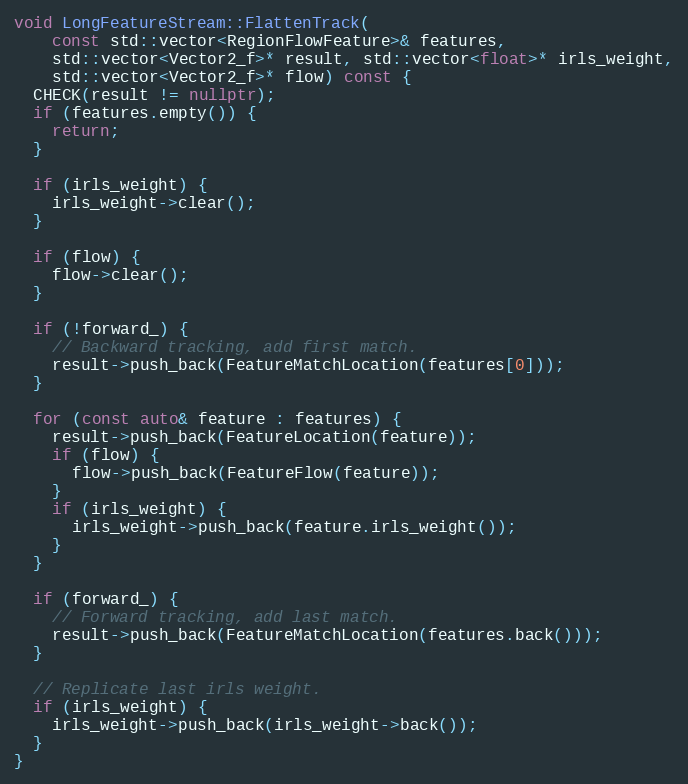
Language: C++
void LongFeatureStream::FlattenTrack(
    const std::vector<RegionFlowFeature>& features,
    std::vector<Vector2_f>* result, std::vector<float>* irls_weight,
    std::vector<Vector2_f>* flow) const {
  CHECK(result != nullptr);
  if (features.empty()) {
    return;
  }

  if (irls_weight) {
    irls_weight->clear();
  }

  if (flow) {
    flow->clear();
  }

  if (!forward_) {
    // Backward tracking, add first match.
    result->push_back(FeatureMatchLocation(features[0]));
  }

  for (const auto& feature : features) {
    result->push_back(FeatureLocation(feature));
    if (flow) {
      flow->push_back(FeatureFlow(feature));
    }
    if (irls_weight) {
      irls_weight->push_back(feature.irls_weight());
    }
  }

  if (forward_) {
    // Forward tracking, add last match.
    result->push_back(FeatureMatchLocation(features.back()));
  }

  // Replicate last irls weight.
  if (irls_weight) {
    irls_weight->push_back(irls_weight->back());
  }
}